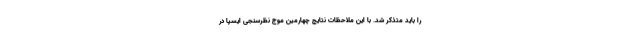
را باید متذکر شد. با این ملاحظات نتایج چهارمین موج نظرسنجی ایسپا در